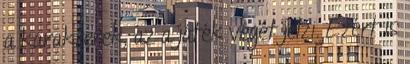
a karakterek, az a játék végét jelzi. Ezért is